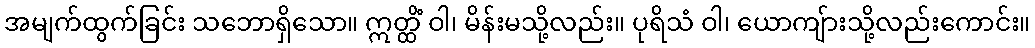
အမျက်ထွက်ခြင်း သဘောရှိသော။ ဣတ္ထိံ ဝါ၊ မိန်းမသို့လည်း။ ပုရိသံ ဝါ၊ ယောကျ်ားသို့လည်းကောင်း။